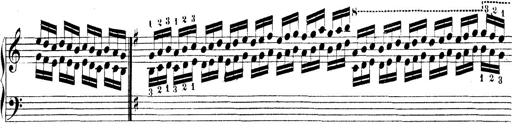
Title: Technische Studien
Composer: Franz Liszt